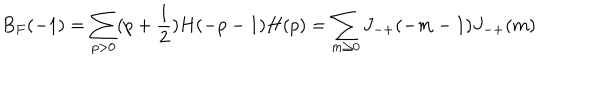
B _ { F } ( - 1 ) = \sum _ { p > 0 } ( p + \frac { 1 } { 2 } ) H ( - p - 1 ) H ( p ) = \sum _ { m \ge 0 } J _ { - + } ( - m - 1 ) J _ { - + } ( m )